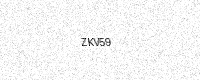
Text: ZKV59